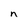
Character: n